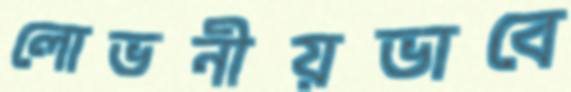
লোভনীয়ভাবে